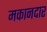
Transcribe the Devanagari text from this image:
मकानदार